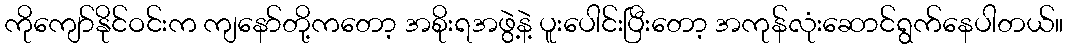
ကိုကျော်နိုင်ဝင်းက ကျနော်တို့ကတော့ အစိုးရအဖွဲ့နဲ့ ပူးပေါင်းပြီးတော့ အကုန်လုံးဆောင်ရွက်နေပါတယ်။